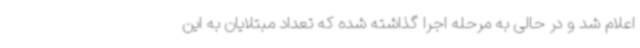
اعلام شد و در حالی به مرحله اجرا گذاشته شده که تعداد مبتلایان به این